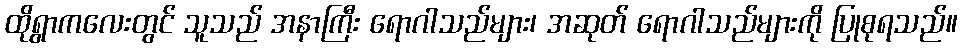
ထိုရွာကလေးတွင် သူသည် အနာကြီး ရောဂါသည်များ၊ အဆုတ် ရောဂါသည်များကို ပြုစုရသည်။